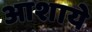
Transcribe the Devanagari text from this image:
आशाये